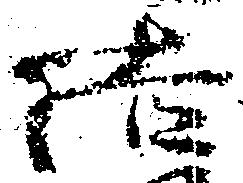
結